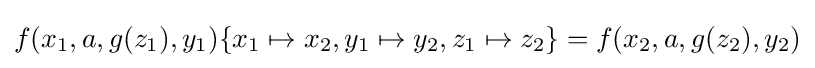
f(x_{1},a,g(z_{1}),y_{1})\{x_{1}\mapsto x_{2},y_{1}\mapsto y_{2},z_{1}\mapsto z_{2}\}=f(x_{2},a,g(z_{2}),y_{2})